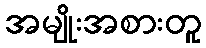
အမျိုးအစားတူ